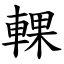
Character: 輠